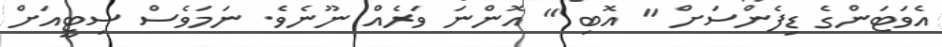
އެވަޓަންގެ ޑިފެންސަށް " އޮބި " އޮންނަ ވަރެއް ނޫނެވެ. ނަމަވެސް ސިޓީއަށް